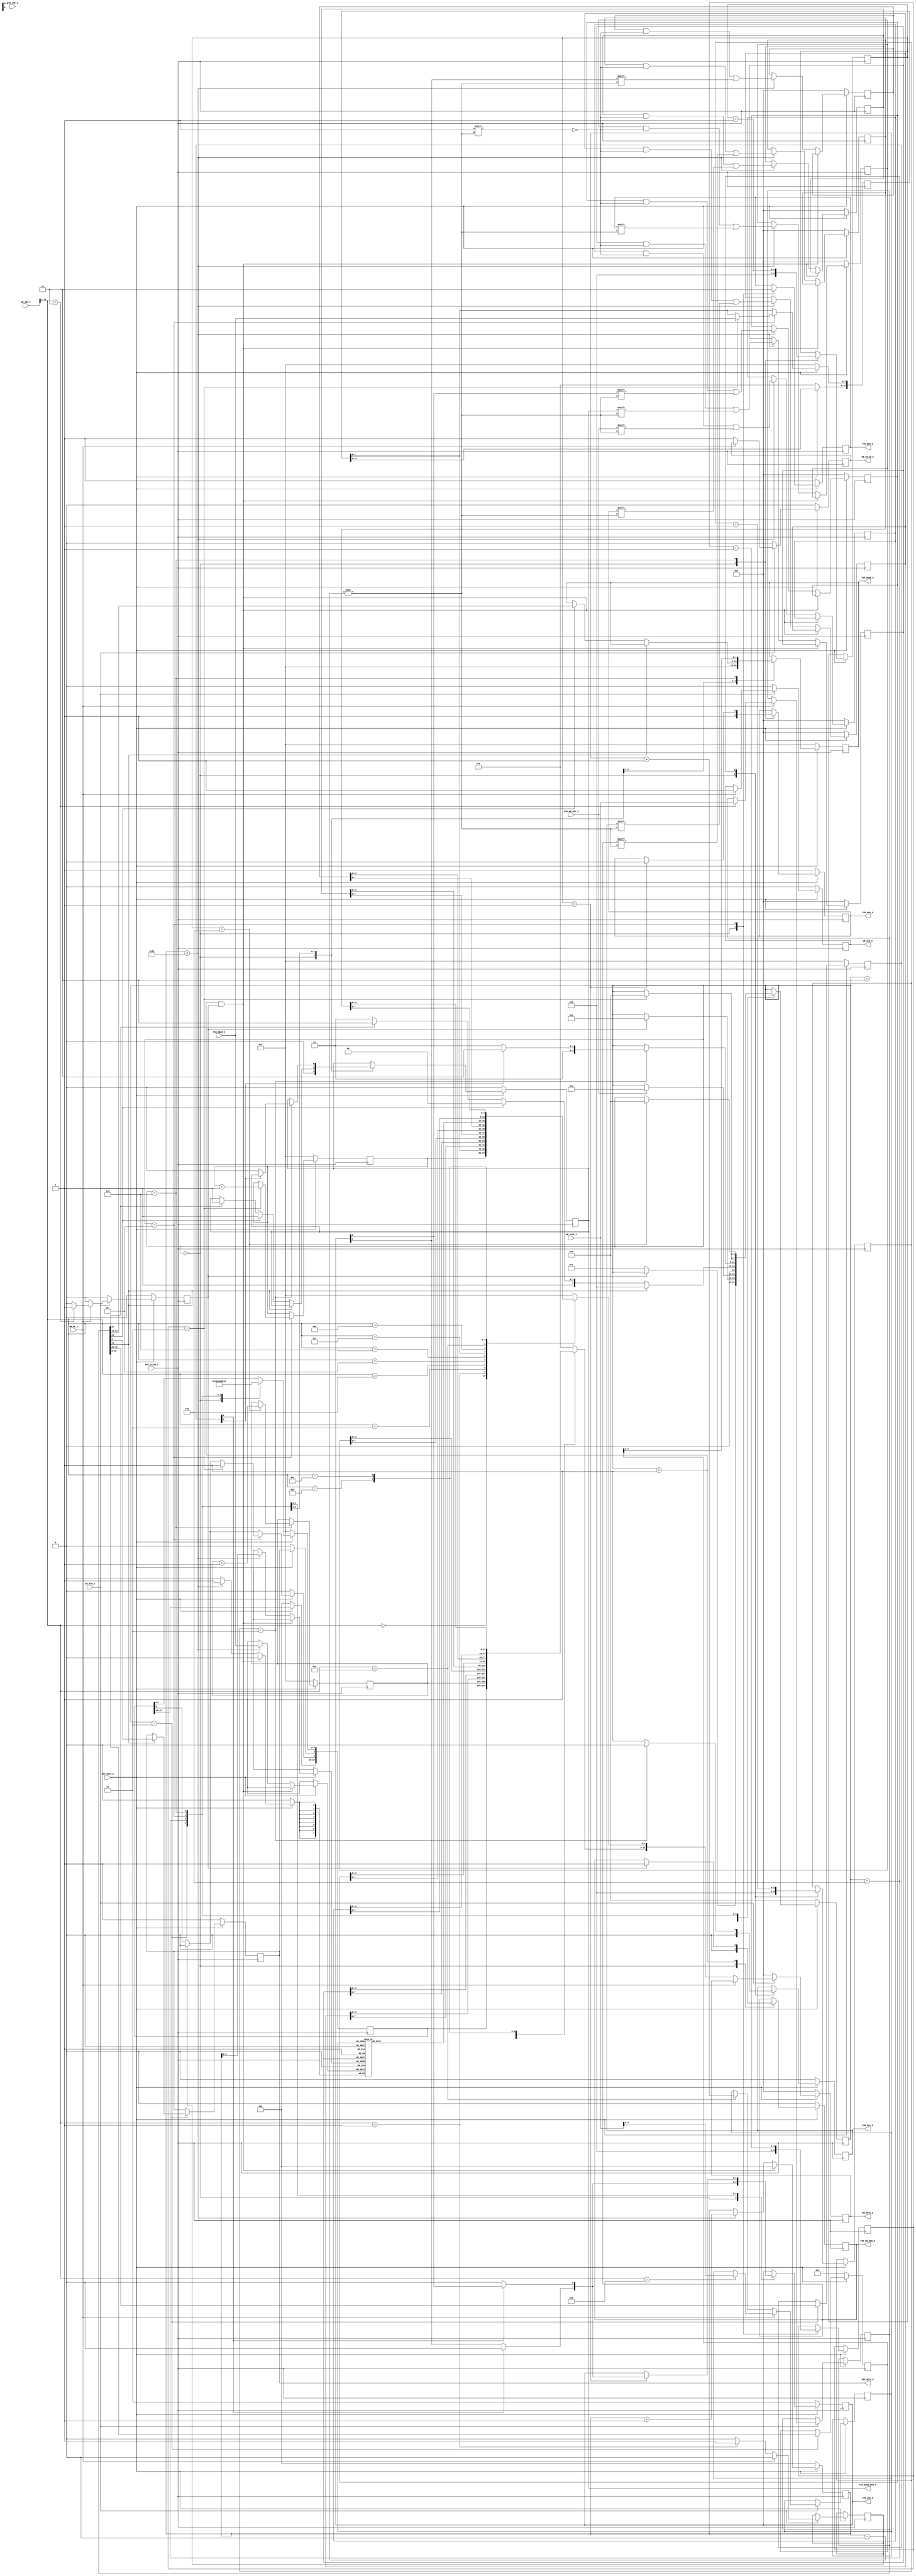
`timescale 1ns / 1ps
//////////////////////////////////////////////////////////////////////////////////
// Company: 
// Engineer: 
// 
// Design Name: 
// Module Name: FLAC56_WB
// Project Name: 
// Target Devices: 
// Tool Versions: 
// Description: 
// 
// Dependencies: 
// 
// Revision:
// Revision 0.01 - File Created
// Additional Comments:
// 
//////////////////////////////////////////////////////////////////////////////////


module FLAC56_WB(
	input PHY_CLK33_I,
	input PHY_RSTn_I,
	
	
	input      [31:0]  WB_ADD_I,
	output reg [31:0]  WB_DATA_O = 0,
	input      [31:0]  WB_DATA_I,
	
	output reg WB_ACK_O = 0,
	output reg WB_VALID_O = 0,
	
	input WB_STB_I,
	input WB_WE_I,
	
	output reg F56_WB_REQ_O = 0,
	input      F56_WB_GNT_I,
	
	
	input       [7:0] F56_BADD_I,
	output reg  [7:0] F56_BADD_O = 0,
	output reg        F56_BADD_DIR_O = 0,

	output reg 		  F56_ALE_O = 0,
	output reg 		  F56_RDn_O = 1,
	output reg 		  F56_WRn_O = 1,
	output reg 	[1:0] F56_CSn_O = 2'b11,
	output reg		  F56_RSTn_O = 1,
	input       [1:0] F56_INT_I 
    );
	
	reg [15:0] FL56_STATE = 0;
	reg [31:0] FL56_CMD   = 0;
	reg CMD_FLAG = 0;
	reg READ_DATA_FLAG = 0;
	
	reg [31:0] F56_READ = 0;
	
	reg [7:0] READ_COUNTER = 0;
	reg [7:0] WRITE_COUNTER = 0;
	
	reg [31:0] ALE_CAPTURE = 0;
	reg [31:0] BADD_DIR_CAPTURE = 0;
	reg [31:0] RDn_CAPTURE = 0;
	reg [31:0] WRn_CAPTURE = 0;
	reg [31:0] Csn0_CAPTURE = 0;
	reg [31:0] Csn1_CAPTURE = 0;
	reg [7:0] DATA_CAP[31:0];
	reg [4:0] readVector = 0;
	
	reg [31:0] GNT_CAPTURE = 0;
	reg [31:0] REQ_CAPTURE = 0;
	
	always @(posedge PHY_CLK33_I)
		begin
			if(PHY_RSTn_I == 0)
				begin
					WB_DATA_O = 0;
					WB_ACK_O = 0;
					WB_VALID_O = 0;
					CMD_FLAG = 0;
				end
			else if (WB_STB_I == 0)
				begin
					WB_DATA_O = 0;
					WB_ACK_O = 0;
					WB_VALID_O = 0;
					CMD_FLAG = 0;
				end
			else 
			begin
				CMD_FLAG = 0;
				READ_DATA_FLAG = 0;
				if (WB_WE_I == 0) //read cycle
					begin
						case (WB_ADD_I[11:2])
							0:
								begin
									WB_DATA_O = {FL56_STATE[15:0],WRITE_COUNTER[7:0],READ_COUNTER[7:0]};
								end
							1 : 
								begin
									WB_DATA_O[7:0] = F56_READ[7:0];
									WB_DATA_O[31:8] = 0;
									READ_DATA_FLAG = 1;
								end
							//2: CMD WONLY
							3 : 
								WB_DATA_O = ALE_CAPTURE;
							4 :
								WB_DATA_O = BADD_DIR_CAPTURE;
							5 :
								WB_DATA_O = RDn_CAPTURE;
							6 :
								WB_DATA_O = WRn_CAPTURE;
							7 :
								WB_DATA_O = Csn0_CAPTURE;
							8:
								WB_DATA_O = Csn1_CAPTURE;
												
							9 :
								begin
									WB_DATA_O = DATA_CAP[readVector];
									readVector = readVector + 1;
								end
							11 : 
								WB_DATA_O = GNT_CAPTURE;
							12 :
								WB_DATA_O = REQ_CAPTURE;
								
							default :
								WB_DATA_O = 0;
						endcase
						WB_VALID_O = 1;
					end
				else 
					begin
						case (WB_ADD_I[11:2])
							/*0 :
							
							*/
							  2 :
								begin
								 FL56_CMD = WB_DATA_I;
								 CMD_FLAG = 1;
								end
							10 :
								begin
									readVector = WB_DATA_I;
								end
						endcase
						WB_ACK_O = 1;
					end
			end
		end
		
		localparam IDLE = 0;
		localparam READY = 1;
		localparam BUS_REQIURE = 2;
		localparam DECODE = 3;
		localparam ADD_LATCH = 4;
		localparam READ_REG = 5;
		localparam WRITE_REG = 6;
		
		
		reg [7:0] F56_REG_ADD = 0;
		reg [15:0] F56_REG_WDATA = 0;
		reg [7:0]  F56_REG_CMD   = 0;
		
		reg [3:0]  F56_STATE = IDLE;
		
		reg [2:0] ADD_WAIT = 0;
		reg [2:0] READ_WAIT = 0;
		reg [2:0] WRITE_WAIT = 0;
		
		reg TEST_CAP = 0;
		reg TEST_CAP1 = 0;
		reg TEST_CAP2 = 0;
		reg TEST_CAP3 = 0;
		reg TEST_CAP4 = 0;

	
		localparam ADD_MAX_WAIT = 3; //30ns req -- 60mhz clk = 16.6ns -- 30ns pci clk
		localparam ADD_MAX_RW    = 3; //80ns req -- 60mhz clk = 16.6ns -- 30ns pci clk
		/*
		CMD_COMMAND { cmd[7:0] ,add[7:0],data[15:0]};
			CMD :
			[7] falcReset        = 1
			[6] chipselect 0 = cs0 1 = cs1
			[5] reserved for other chip
			[4] reserved for other chip
			[3] read = 0 / write = 1
			[2] address re latch = 1
			[1] reserved
			[0] reserved
			
			*/
	
	always @(posedge PHY_CLK33_I)
			if (PHY_RSTn_I == 0)
				begin
		
					F56_BADD_O     = 0;
					F56_BADD_DIR_O = 0;
					F56_ALE_O = 0;
					F56_RDn_O = 1;
					F56_WRn_O = 1;
					F56_CSn_O = 2'b11;
					F56_RSTn_O = 1;
					
					F56_REG_ADD = 0;
					F56_REG_WDATA = 0;
					F56_REG_CMD  = 0;
					
					F56_READ = 0;
					FL56_STATE = 0;
					READ_COUNTER = 0;
					WRITE_COUNTER = 0;
					
					F56_WB_REQ_O = 0;
					F56_STATE = IDLE; 
				end
			else
				begin
					FL56_STATE[8] = F56_RSTn_O;
					if (READ_DATA_FLAG == 1)
						FL56_STATE[9] = 0;
					case (F56_STATE)
						IDLE : 
							begin
								TEST_CAP = ~TEST_CAP;
							
								FL56_STATE[7:0] = 8'h01; //IDLE
								F56_BADD_O     = 0;
								F56_BADD_DIR_O = 0;
								F56_ALE_O = 0;
								F56_RDn_O = 1;
								F56_WRn_O = 1;
								F56_CSn_O = 2'b11;
								
								ADD_WAIT = 0;
								READ_WAIT = 0;
								WRITE_WAIT = 0;
								
								F56_WB_REQ_O = 0;
								
								if (CMD_FLAG == 0)
									F56_STATE = READY;
							end
						READY :
							begin
								if (CMD_FLAG == 1)
									begin
										F56_STATE = BUS_REQIURE;
										F56_WB_REQ_O = 1;
									end
							end
							
						BUS_REQIURE :
							begin
								if (F56_WB_GNT_I == 1)
									F56_STATE = DECODE;
							end
						DECODE :
								begin
									TEST_CAP1 = ~TEST_CAP1;
									FL56_STATE[7:0] = 8'h02; //COMMAND DECODE
									F56_REG_ADD [7:0] = FL56_CMD[23:16];
									F56_REG_WDATA[15:0] = FL56_CMD[15:0];
									F56_REG_CMD[7:0] = FL56_CMD[31:24];
									if (F56_REG_CMD[7] == 1)
										begin
											F56_STATE = IDLE;
											F56_RSTn_O = F56_REG_WDATA[0] ;
											
										end
									else if (F56_REG_CMD[2] == 1)
										begin
											F56_STATE = ADD_LATCH;
											F56_BADD_DIR_O = 1;
											F56_BADD_O = F56_REG_ADD;
										end
									else if (F56_REG_CMD[3] == 0)
										begin
											F56_STATE = READ_REG;
										end
									else
										begin
											F56_STATE = WRITE_REG;
											F56_BADD_DIR_O = 1;
										end
								end
						ADD_LATCH : 
							begin
								TEST_CAP2 = ~TEST_CAP2;
								//ALE pulse width 30 ns
								//ALE setup time before command active 0 ns
								FL56_STATE[7:0] = 8'h04; //ADD DECODE
								F56_ALE_O = 1;
								if (ADD_WAIT == ADD_MAX_WAIT)
									begin
										F56_ALE_O = 0;
										if (F56_REG_CMD[3] == 0)
											begin
												F56_STATE = READ_REG;
												F56_BADD_DIR_O = 0;
											end
										else
											begin
												F56_STATE = WRITE_REG;
											end
									end
								ADD_WAIT = ADD_WAIT + 1;
							end
						READ_REG :
							begin
								TEST_CAP3 = ~TEST_CAP3;
								//RD, WR pulse width 80 ns
								//Data valid after RD active 75 ns
								//RD, WR control interval 70 ns
								//CS setup time 0 ns
								FL56_STATE[7:0] = 8'h08; //READ CYCLE
								F56_RDn_O = 0;
								if (F56_REG_CMD[6] == 0)
									F56_CSn_O[0] = 0;
								else
									F56_CSn_O[1] = 0;
								if (READ_WAIT == ADD_MAX_RW)
									begin
										F56_READ[7:0] = F56_BADD_I[7:0];
										FL56_STATE[9] = 1; //newdata available;
										F56_STATE = IDLE;
										READ_COUNTER = READ_COUNTER  + 1;
									end
								READ_WAIT = READ_WAIT + 1;
							end
						WRITE_REG :
							begin
								TEST_CAP4 = ~TEST_CAP4;
								FL56_STATE[7:0] = 8'h10; //WRITE CYCLE
								
								F56_BADD_O[7:0] = F56_REG_WDATA[7:0];
								if (WRITE_WAIT == 1)
									begin
										F56_WRn_O = 0;
										if (F56_REG_CMD[6] == 0)
											F56_CSn_O[0] = 0;
										else
											F56_CSn_O[1] = 0;
									end
								if (WRITE_WAIT == ADD_MAX_RW + 1)
									begin
										F56_STATE = IDLE;
										WRITE_COUNTER = WRITE_COUNTER + 1;
									end
								WRITE_WAIT = WRITE_WAIT + 1;
							end			
					endcase
				end	
				
		reg [5:0] reg_counter = 0;
		always @(posedge PHY_CLK33_I)
				begin
					if (PHY_RSTn_I == 0)
						begin
							ALE_CAPTURE      = 0;
			                BADD_DIR_CAPTURE = 0;
			                RDn_CAPTURE      = 0;
			                WRn_CAPTURE      = 0;
							Csn0_CAPTURE 	 = 0;
							Csn1_CAPTURE     = 0;
							reg_counter      = 0;
							
							GNT_CAPTURE			= 0;
						    REQ_CAPTURE         = 0;
							
							
						end
					else
						begin
						   if (F56_STATE == READY && CMD_FLAG == 1)
								begin
									reg_counter = 0;
								end	
						   else if (reg_counter < 32)
								begin
									GNT_CAPTURE[reg_counter] =  F56_WB_GNT_I;
									REQ_CAPTURE[reg_counter] =  F56_WB_REQ_O;
									ALE_CAPTURE[reg_counter] =     /* TEST_CAP; */  F56_ALE_O;   //12 
									BADD_DIR_CAPTURE[reg_counter] = F56_BADD_DIR_O; // 16
									RDn_CAPTURE[reg_counter] =      F56_RDn_O;  // 20
									WRn_CAPTURE[reg_counter] =      F56_WRn_O;
									Csn0_CAPTURE[reg_counter] =     F56_CSn_O[0];
									Csn1_CAPTURE[reg_counter] =     F56_CSn_O[1];
									DATA_CAP[reg_counter] = F56_BADD_I;
									reg_counter = reg_counter + 1; 
								end
							else
								reg_counter = reg_counter;
						end
				end         
						
endmodule